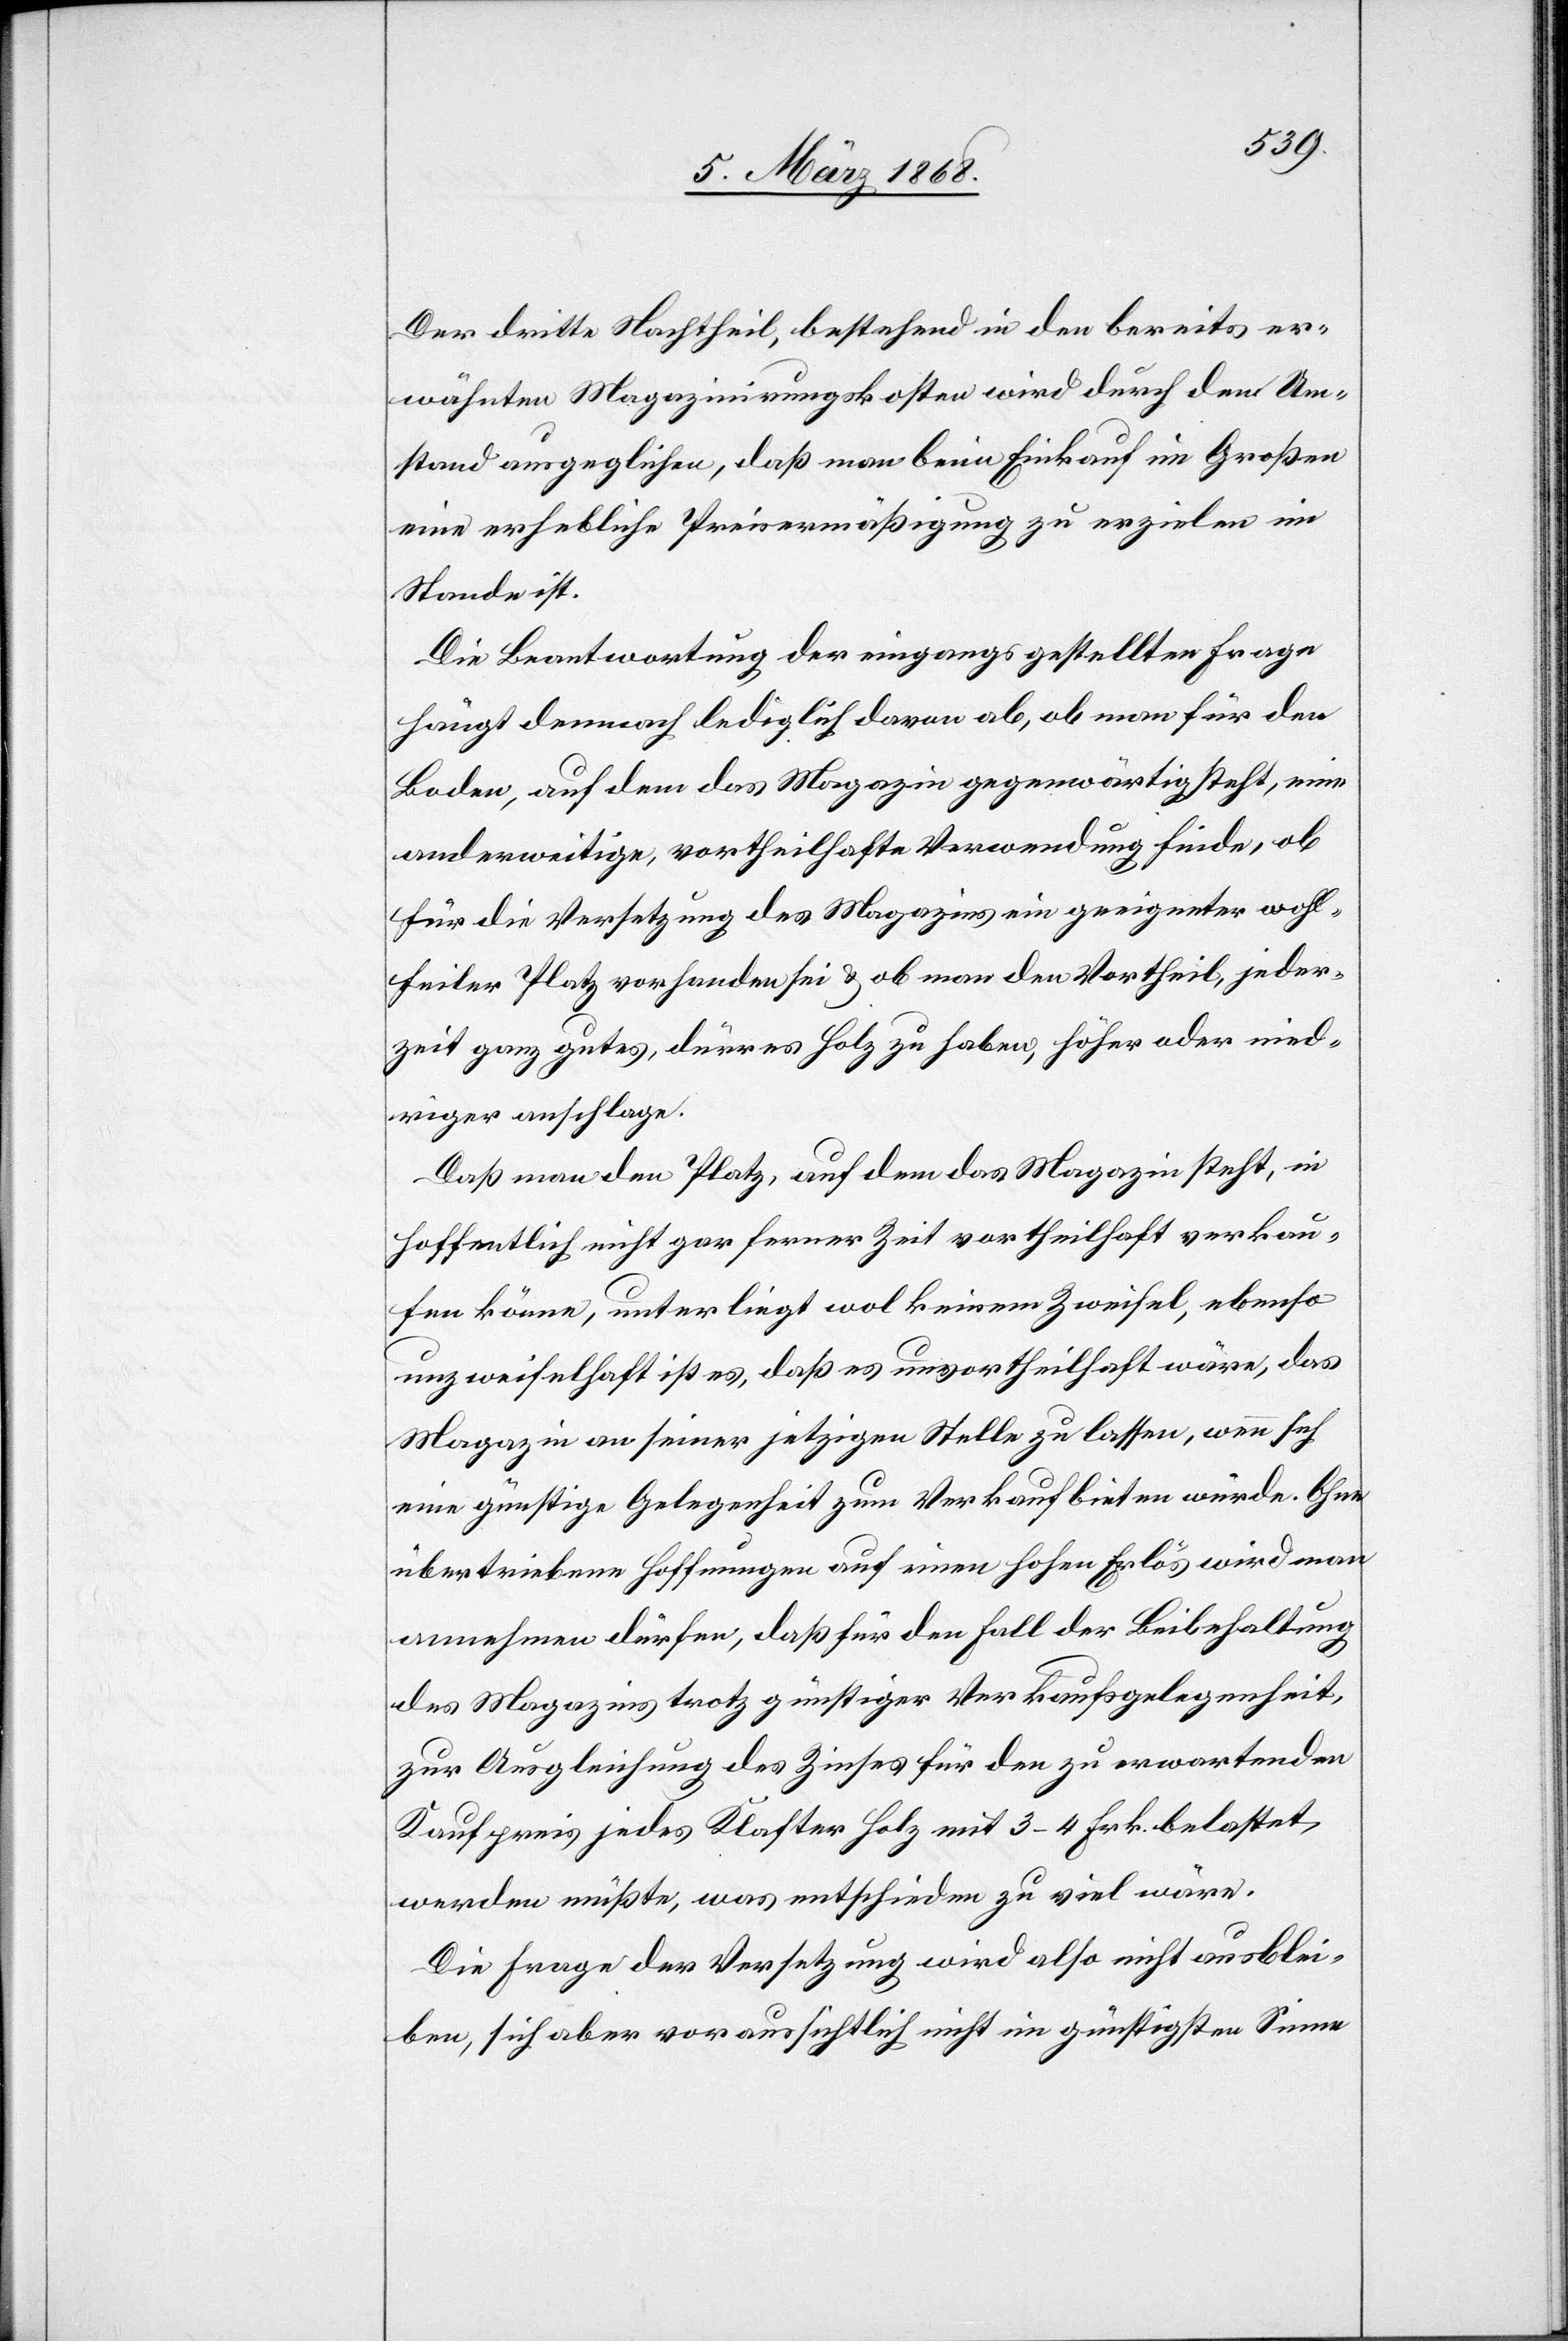
Der dritte Nachtheil, bestehend in den bereits er¬
wähnten Magazinirungskosten wird durch den Um¬
stand ausgeglichen, daß man beim Einkauf im Großen
eine erhebliche Preisermäßigung zu erzielen im
Stande ist.
Die Beantwortung der eingangs gestellten Frage
hängt demnach lediglich davon ab, ob man für den
Boden, auf dem das Magazin gegenwärtig steht, eine
anderweitige, vortheilhafte Verwendung finde, ob
für die Versetzung des Magazins ein geeigneter wohl¬
feiler Platz vorhanden sei & ob man den Vortheil, jeder¬
zeit ganz gutes, dürres Holz zu haben, höher oder nied¬
riger anschlage.
Daß man den Platz, auf dem das Magazin steht, in
hoffentlich nicht gar ferner Zeit vortheilhaft verkau¬
fen könne, unterliegt wol keinem Zweifel, ebenso
unzweifelhaft ist es, daß es unvortheilhaft wäre, das
Magazin an seiner jetzigen Stelle zu lassen, wenn sich
eine günstige Gelegenheit zum Verkauf bieten würde. Ohne
übertriebene Hoffnungen auf einen hohen Erlös wird man
annehmen dürfen, daß für den Fall der Beibehaltung
des Magazins trotz günstiger Verkaufsgelegenheit,
zur Ausgleichung des Zinses für den zu erwartenden
Kaufpreis jedes Klafter Holz mit 3–4 Frk. belastet,
werden müßte, was entschieden zu viel wäre.
Die Frage der Versetzung wird also nicht ausblei¬
ben, sich aber voraussichtlich nicht im günstigsten Sinne